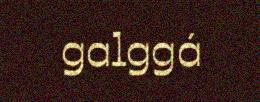
galggá